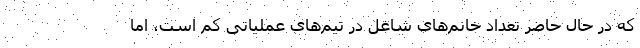
که در حال حاضر تعداد خانم‌های شاغل در تیم‌های عملیاتی کم است، اما